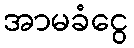
အာမခံငွေ